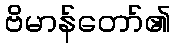
ဗိမာန်တော်၏